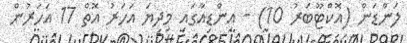
ލަންޑަން (އޮކްޓޫބަރު 10) - އިންޑިއާގައި މިދިޔަ އަހަރު އޮތް 17 އަހަރުން